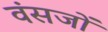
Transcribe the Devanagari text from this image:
वंसजों